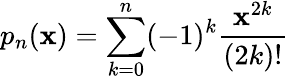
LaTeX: p_{n}(\mathbf{x})=\sum_{k=0}^{n}(-1)^{k}{\frac{{\mathbf{x}^{2k}}}{{(2k)!}}}